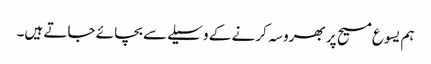
ہم یسوع مسیح پر بھروسہ کرنے کے وسیلےسے بچائے جاتے ہیں۔